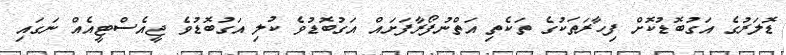
ޑޮލަރުގެ އަގުބޮޑުކޮށް ފިހާރަތަކުގެ ތަކެތި އަތްނުފޯރާފަށައް އަގުބޮޑުވެ ކުލި އަގުބޮޑުވެ ޖީއެސްޓީއެއް ނަގައި